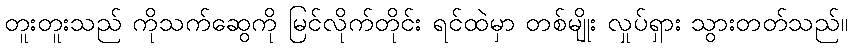
တူးတူးသည် ကိုသက်ဆွေကို မြင်လိုက်တိုင်း ရင်ထဲမှာ တစ်မျိုး လှုပ်ရှား သွားတတ်သည်။